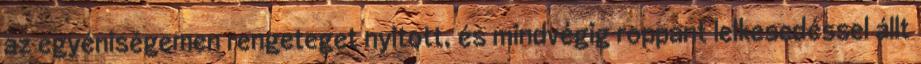
az egyéniségemen rengeteget nyitott, és mindvégig roppant lelkesedéssel állt